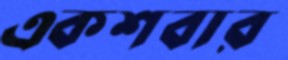
একশবার